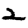
Digit: 2